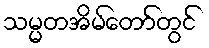
သမ္မတအိမ်တော်တွင်